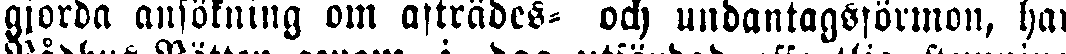
gjorda ansökning om afträdes- och undantagsförmon, har